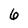
Character: 6